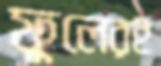
ফুলেরই